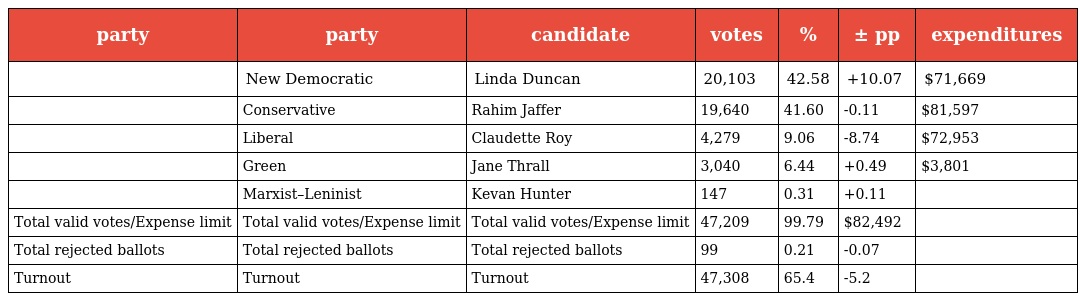
| party | party | candidate | votes | % | ± pp | expenditures |
 | --- | --- | --- | --- | --- | --- | --- |
 |  | New Democratic | Linda Duncan | 20,103 | 42.58 | +10.07 | $71,669 |
 |  | Conservative | Rahim Jaffer | 19,640 | 41.60 | -0.11 | $81,597 |
 |  | Liberal | Claudette Roy | 4,279 | 9.06 | -8.74 | $72,953 |
 |  | Green | Jane Thrall | 3,040 | 6.44 | +0.49 | $3,801 |
 |  | Marxist–Leninist | Kevan Hunter | 147 | 0.31 | +0.11 |  |
 | Total valid votes/Expense limit | Total valid votes/Expense limit | Total valid votes/Expense limit | 47,209 | 99.79 | $82,492 |  |
 | Total rejected ballots | Total rejected ballots | Total rejected ballots | 99 | 0.21 | -0.07 |  |
 | Turnout | Turnout | Turnout | 47,308 | 65.4 | -5.2 |  |